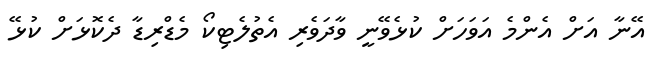
އޭނާ އަށް އެންމެ އަވަހަށް ކުޅެވޭނީ ވާދަވެރި އެތުލެޓިކޯ މެޑްރިޑާ ދެކޮޅަށް ކުޅޭ